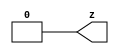
//#############################################################################
//# Function: Tie Low Cell                                                    #
//# Copyright: OH Project Authors. ALl rights Reserved.                       #
//# License:  MIT (see LICENSE file in OH repository)                         #
//#############################################################################

module asic_tielo #(parameter PROP = "DEFAULT")  (
   output z
   );

   assign z = 1'b0;

endmodule